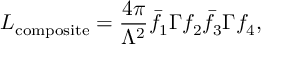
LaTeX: { \cal L } _ { \mathrm { c o m p o s i t e } } = { \frac { 4 \pi } { \Lambda ^ { 2 } } } \bar { f } _ { 1 } \Gamma f _ { 2 } \bar { f } _ { 3 } \Gamma f _ { 4 } ,